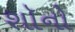
શૉનો